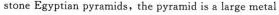
stone Egyptian pyramids,the pyramid is a large metal